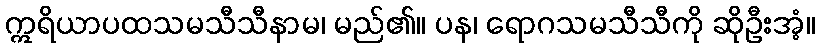
ဣရိယာပထသမသီသီနာမ၊ မည်၏။ ပန၊ ရောဂသမသီသီကို ဆိုဦးအံ့။